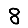
Digit: 8